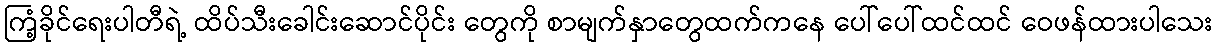
ကြံ့ခိုင်ရေးပါတီရဲ့ ထိပ်သီးခေါင်းဆောင်ပိုင်း တွေကို စာမျက်နှာတွေထက်ကနေ ပေါ်ပေါ်ထင်ထင် ဝေဖန်ထားပါသေး